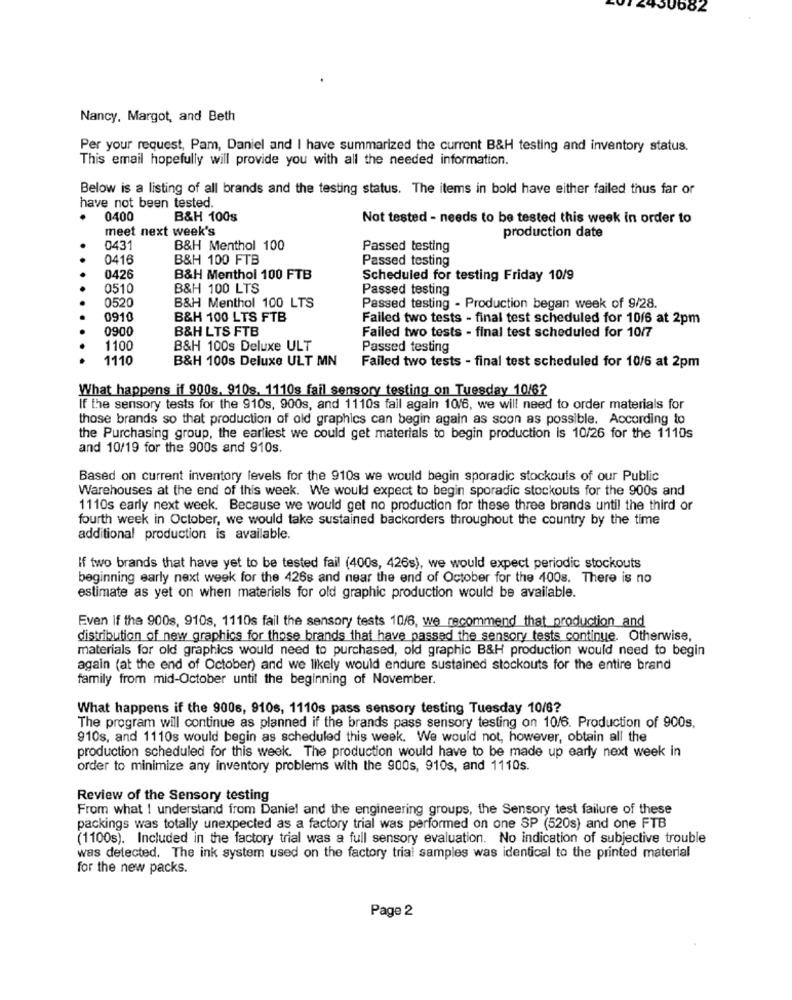
182
Nancy, Margot, and Beth
Per your request, Pam, Daniel and I have summarized the current B&H testing and inventory status.
This email hopefully will provide you with all the needed information.
Below is a listing of all brands and the testing status. The items in bold have either failed thus far or
have not been tested.
0400
B&H 100s
Not tested - needs to be tested this week in order to
meet next week's
production date
0431
B&H Menthol 100
Passed testing
0416
B&H 100 FTB
Passed testing
0426
B&H Menthol 100 FTB
Scheduled for testing Friday 10/9
0510
B&H 100 LTS
Passed testing
0520
B&H Menthol 100 LTS
Passed testing - Production began week of 9/28.
0910
B&H 100 LTS FTB
Failed two tests - final test scheduled for 10/6 at 2pm
0900
B&H LTS FTB
Failed two tests - final test scheduled for 10/7
1100
B&H 100s Deluxe ULT
Passed testing
1110
B&H 100s Deluxe ULT MN
Failed two tests - final test scheduled for 10/6 at 2pm
What happens if 900s, 910s. 1110s fail sensory testing on Tuesday 10/6?
If the sensory tests for the 910s, 900s, and 1110s fail again 10/6, we will need to order materials for
those brands so that production of old graphics can begin again as soon as possible. According to
the Purchasing group, the earliest we could get materials to begin production is 10/26 for the 1110s
and 10/19 for the 900s and 910s.
Based on current inventory levels for the 910s we would begin sporadic stockouts of our Public
Warehouses at the end of this week. We would expect to begin sporadic stockouts for the 900s and
1110s early next week. Because we would get no production for these three brands until the third or
fourth week in October, we would take sustained backorders throughout the country by the time
additional production is available.
If two brands that have yet to be tested fail (400s, 426s), we would expect periodic stockouts
beginning early next week for the 426s and near the end of October for the 400s. There is no
estimate as yet on when materials for old graphic production would be available.
Even If the 900s, 910s, 1110s fail the sensory tests 10/6, we recommend that production and
distribution of new graphics for those brands that have passed the sensory tests continue. Otherwise,
materials for old graphics would need to purchased, old graphic B&H production would need to begin
again (at the end of October) and we likely would endure sustained stockouts for the entire brand
family from mid-October until the beginning of November.
What happens if the 9006, 9106, 1110s pass sensory testing Tuesday 10/6?
The program will continue as planned if the brands pass sensory testing on 10/6. Production of 900s.
910s, and 1110s would begin as scheduled this week. We would not, however, obtain all the
production scheduled for this week. The production would have to be made up early next week in
order to minimize any inventory problems with the 900s, 910s, and 1110s.
Review of the Sensory testing
From what ! understand from Daniel and the engineering groups, the Sensory test failure of these
packings was totally unexpected as a factory trial was performed on one SP (520s) and one FTB
(1100s). Included in the factory trial was a full sensory evaluation. No indication of subjective trouble
was detected. The ink system used on the factory trial samples was identical to the printed material
for the new packs.
Page 2